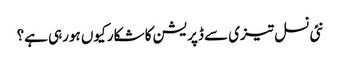
نئی نسل تیزی سے ڈپریشن کا شکار کیوں ہورہی ہے؟